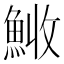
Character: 𩷊